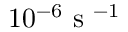
1 0 ^ { - 6 } \mathrm { ~ s ~ } ^ { - 1 }